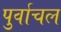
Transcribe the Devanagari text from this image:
पुर्वाचल